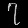
Digit: ၇